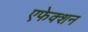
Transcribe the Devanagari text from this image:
एफेक्शन